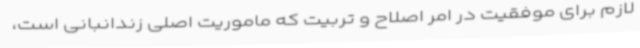
لازم برای موفقیت در امر اصلاح و تربیت که ماموریت اصلی زندانبانی است،